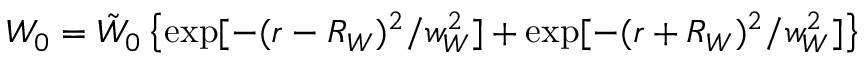
W _ { 0 } = \tilde { W } _ { 0 } \left\{ \exp [ - ( r - R _ { W } ) ^ { 2 } / w _ { W } ^ { 2 } ] + \exp [ - ( r + R _ { W } ) ^ { 2 } / w _ { W } ^ { 2 } ] \right\}